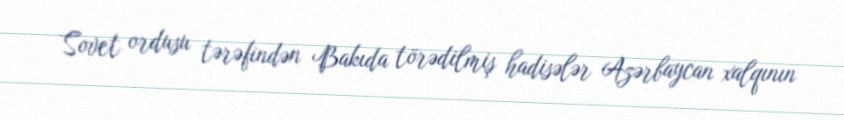
Sovet ordusu tərəfindən Bakıda törədilmiş hadisələr Azərbaycan xalqının